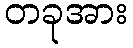
တခုအား